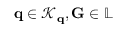
\mathbf { q } \in \mathcal { K } _ { \mathbf { q } } , \mathbf { G } \in \mathbb { L }